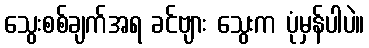
သွေးစစ်ချက်အရ ခင်ဗျား သွေးက ပုံမှန်ပါပဲ။